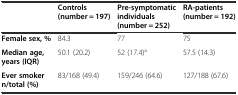
<table><thead><tr><td></td><td><b>Controls (number = 197)</b></td><td><b>Pre-symptomatic individuals (number = 252)</b></td><td><b>RA-patients (number = 192)</b></td></tr></thead><tbody><tr><td><b>Female sex, %</b></td><td>84.3</td><td>77</td><td>75</td></tr><tr><td><b>Median age, years (IQR)</b></td><td>50.1 (20.2)</td><td>52 (17.4)<sup>a</sup></td><td>57.5 (14.3)</td></tr><tr><td><b>Ever smoker n/total (%)</b></td><td>83/168 (49.4)</td><td>159/246 (64.6)</td><td>127/188 (67.6)</td></tr></tbody></table>